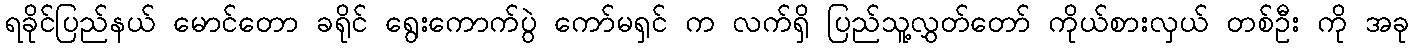
ရခိုင်ပြည်နယ် မောင်တော ခရိုင် ရွေးကောက်ပွဲ ကော်မရှင် က လက်ရှိ ပြည်သူ့လွှတ်တော် ကိုယ်စားလှယ် တစ်ဦး ကို အခု